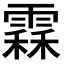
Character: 𩄞